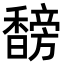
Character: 𬳣